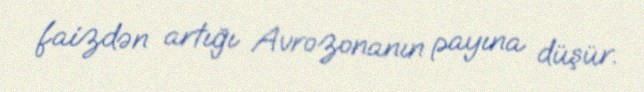
faizdən artığı Avrozonanın payına düşür.